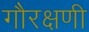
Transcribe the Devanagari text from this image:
गौरक्षणी